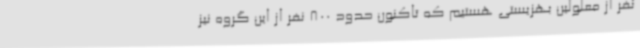
نفر از معلولین بهزیستی هستیم که تاکنون حدود 800 نفر از این گروه نیز